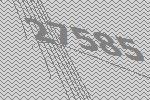
27585